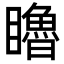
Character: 𥌧